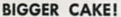
BIGGER CAKE!